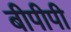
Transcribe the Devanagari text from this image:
बीपीपी